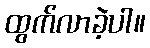
ထွက်လာခဲ့ပါ။